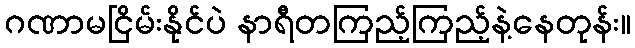
ဂဏာမငြိမ်းနိုင်ပဲ နာရီတကြည့်ကြည့်နဲ့နေတုန်း။